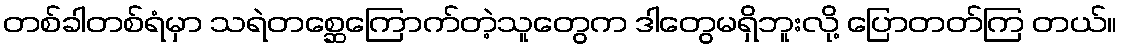
တစ်ခါတစ်ရံမှာ သရဲတစ္ဆေကြောက်တဲ့သူတွေက ဒါတွေမရှိဘူးလို့ ပြောတတ်ကြ တယ်။